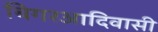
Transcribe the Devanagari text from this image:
बिगरआदिवासी